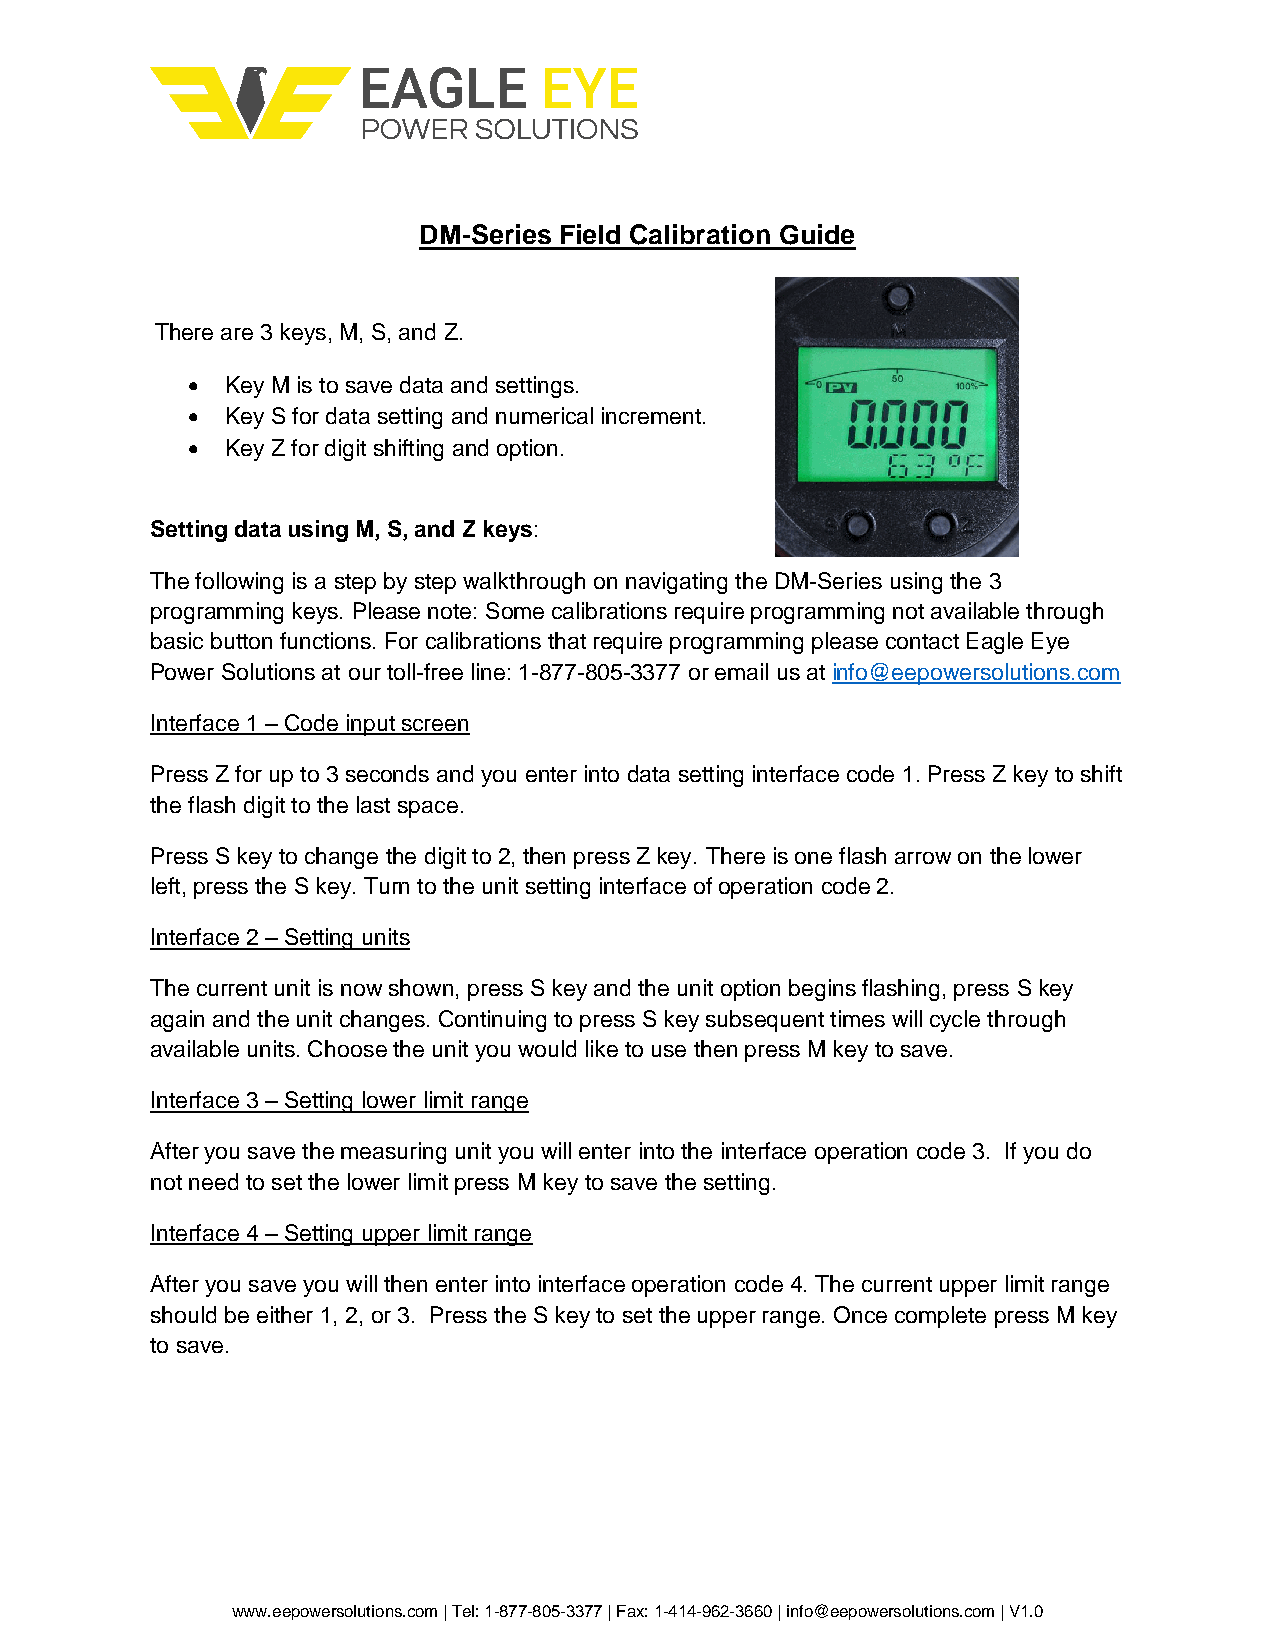
DM-Series Field Calibration Guide
 There are 3 keys, M, S, and Z.
   Key M is to save data and settings.
   Key S for data setting and numerical increment.
   Key Z for digit shifting and option.
 Setting data using M, S, and Z keys:
 The following is a step by step walkthrough on navigating the DM-Series using the 3
 programming keys. Please note: Some calibrations require programming not available through
 basic button functions. For calibrations that require programming please contact Eagle Eye
 Power Solutions at our toll-free line: 1-877-805-3377 or email us at info@eepowersolutions.com
 Interface 1 – Code input screen
 Press Z for up to 3 seconds and you enter into data setting interface code 1. Press Z key to shift
 the flash digit to the last space.
 Press S key to change the digit to 2, then press Z key. There is one flash arrow on the lower
 left, press the S key. Turn to the unit setting interface of operation code 2.
 Interface 2 – Setting units
 The current unit is now shown, press S key and the unit option begins flashing, press S key
 again and the unit changes. Continuing to press S key subsequent times will cycle through
 available units. Choose the unit you would like to use then press M key to save.
 Interface 3 – Setting lower limit range
 After you save the measuring unit you will enter into the interface operation code 3. If you do
 not need to set the lower limit press M key to save the setting.
 Interface 4 – Setting upper limit range
 After you save you will then enter into interface operation code 4. The current upper limit range
 should be either 1, 2, or 3. Press the S key to set the upper range. Once complete press M key
 to save.
 www.eepowersolutions.com | Tel: 1-877-805-3377 | Fax: 1-414-962-3660 | info@eepowersolutions.com | V1.0